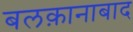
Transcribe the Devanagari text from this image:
बलक़ानाबाद